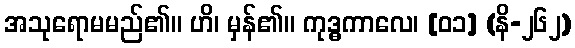
အသုရောမမည်၏။ ဟိ၊ မှန်၏။ ကုဒ္ဓကာလေ၊ [၀၁] (နိ-၂၆၂)